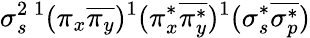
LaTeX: \sigma_{s}^{2}{}\, ^{1}(\pi_{x}\overline{{\pi_{y}}})^{1}(\pi_{x}^{*}\overline{{\pi_{y}^{*}}})^{1}(\sigma_{s}^{*}\overline{{\sigma_{p}^{*}}})